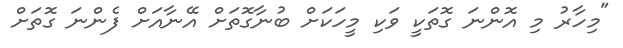
"މިހާރު މި އޮންނަ ގޮތަކީ ވަކި މީހަކަށް ބުނާގޮތަށް އޭނާއަށް ފެންނަ ގޮތަށް